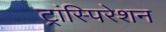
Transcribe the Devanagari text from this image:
ट्रांस्पिरेशन